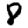
Digit: 8